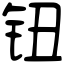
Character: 钮